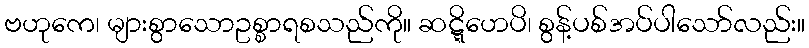
ဗဟုကေ၊ များစွာသောဥစ္စာရစသည်ကို။ ဆဋ္ဋိဟေပိ၊ စွန့်ပစ်အပ်ပါသော်လည်း။